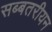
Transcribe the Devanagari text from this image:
सब्बतरीयन